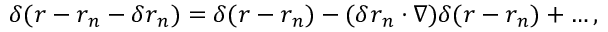
\delta ( \boldsymbol { r } - \boldsymbol { r } _ { n } - \delta \boldsymbol { r } _ { n } ) = \delta ( \boldsymbol { r } - \boldsymbol { r } _ { n } ) - ( \delta \boldsymbol { r } _ { n } \cdot \nabla ) \delta ( \boldsymbol { r } - \boldsymbol { r } _ { n } ) + \ldots ,